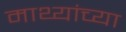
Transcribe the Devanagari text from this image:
माथ्यांच्या